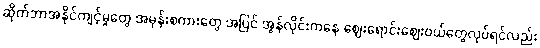
ဆိုက်ဘာအနိုင်ကျင့်မှုတွေ အမုန်းစကားတွေ အပြင် အွန်လိုင်းကနေ ဈေးရောင်းဈေးဝယ်တွေလုပ်ရင်လည်း